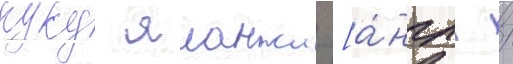
куку яланжи [а́нгл. /